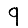
Digit: 9